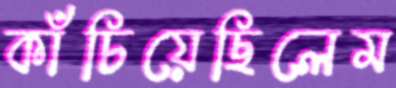
কাঁচিয়েছিলেম